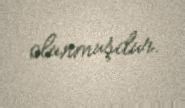
olunmuşdur.